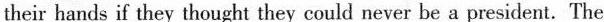
their hands if they thought they could never be a president. The